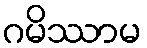
ဂမိဿာမ